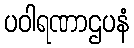
ပဝါရဏာဌပနံ